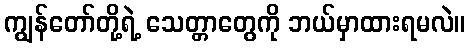
ကျွန်တော်တို့ရဲ့ သေတ္တာတွေကို ဘယ်မှာထားရမလဲ။